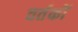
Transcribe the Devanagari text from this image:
वर्तकों